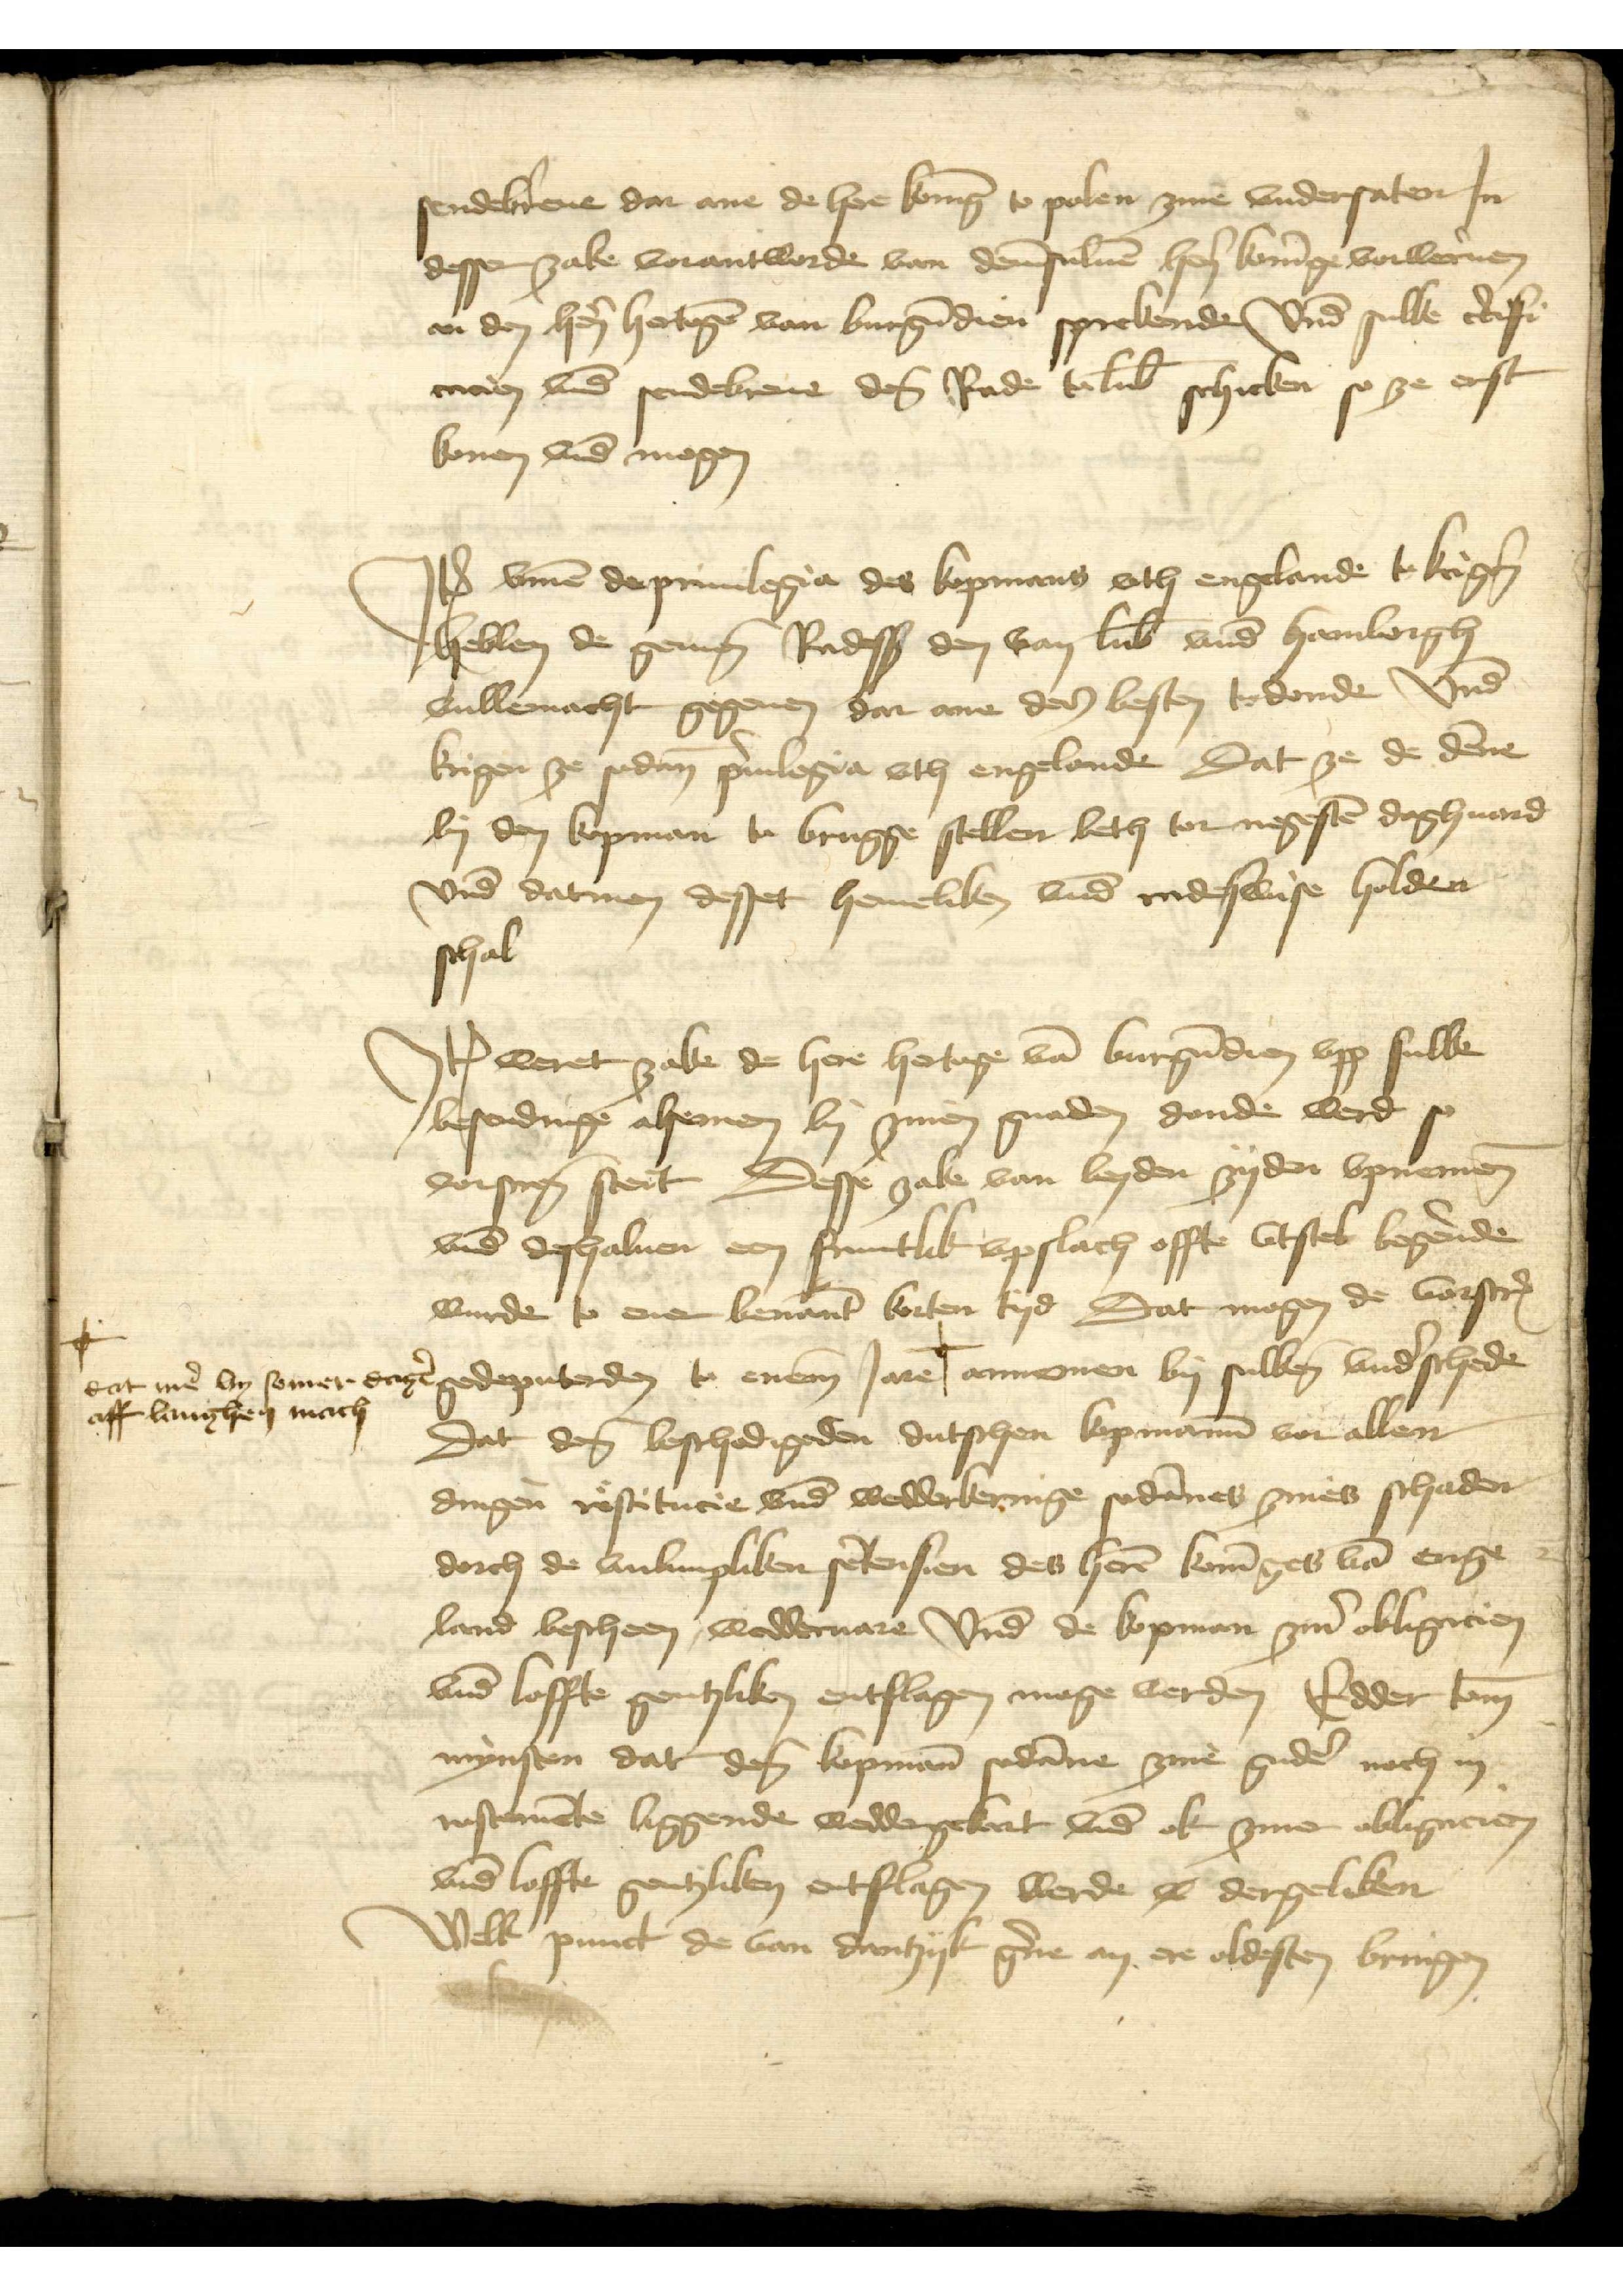
sendebreue dar ane de here Koninge to polen zine vndersaten Jn
desser zake vorantworde van demsuluen heren Koninge vorweruen
an den heren hertogen van Burgundien sprekende vnd sulke certifi¬
cacien vnde sendebreue des Rade to Lubeke schicken so ze erst
konen vnd mogen

Jtem vmme de priuilegia des kopmans vth Engelande to krigene
hebben de gemene Radessendeboden den van Lubeke vnde Hamborgh
vullemacht gegeuen dar ane des besten todonde vnd
krigen se sodan priuilegia vth Engelande dat ze de denne
by den kopman to Brugge stellen beth tor negesten daghuard
vnd datmen desset hemeliken vnd radeswise holden
schal

Jtem weret zake de here hertoge van Burgundien vpp sulke
besendinge alsemen by zinen gnaden donde werd so
vorscreuen steit Desse zake van beyden syden vpnemen
vnde deshaluen een fruntlik vpslach offte vtstel begerende
wurde to ener benanten korten tyd Dat mogen de vorscreuen
gedeputerden to enem Jare |o annomen by sulken vnde schede
Dat dem beschedigeden dutschen kopmanne vor allen
dingen restitucie vnd wedderkeringe sodannes zines schaden
dorch de vnlimpliken sentensien des heren Koninges van Enge¬
land bescheen, wedderuare Vnd de Copman ziner obligacien
vnde loffte gentzliken entslagen moge werden Edder tome
mynsten dat deme kopmann sodanne zine guder noch in
rostemente liggende weddergekart vnd ok ziner obligacien
vnde loffte gentzliken entslagen werde dergeliken
Welk punct de van Dantzyk gerne an ere oldesten bringen

|o
dat men by somer dagen
aff langhen mach